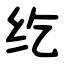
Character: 纥